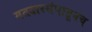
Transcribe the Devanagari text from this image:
मतदारसंघातूनच